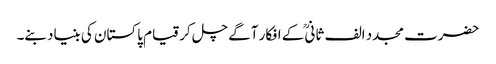
حضرت مجدد الف ثانیؒ کے افکار آگے چل کر قیام پاکستان کی بنیاد بنے۔